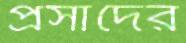
প্রসাদের